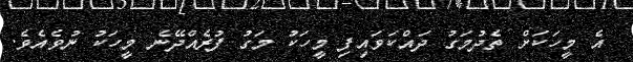
އެ މީހަކަށް ތެދުމަގު ދައްކަވައިފި މީހަކު މަގު ފުރެއްދޭނެ މީހަކު ނުވެއެވެ.